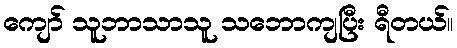
ကျော် သူဘာသာသူ သဘောကျပြီး ရီတယ်။